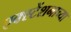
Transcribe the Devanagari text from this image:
एक्स्टेंशनाच्या